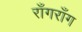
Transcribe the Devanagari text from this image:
राँगराँग